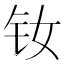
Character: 钕